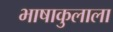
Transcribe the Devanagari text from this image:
भाषाकुलाला